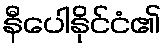
နီပေါနိုင်ငံ၏